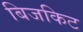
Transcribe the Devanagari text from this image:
बिजकिट